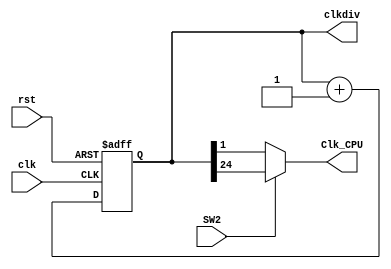
module  clk_div_1(
                clk,
                rst,
                SW2,
                clkdiv,
                Clk_CPU
);
    input  wire         clk,
                        rst;
    input  wire         SW2;
    output reg  [31: 0]	clkdiv = 0;
    output wire         Clk_CPU;
    always @ (posedge clk or posedge rst) begin
        if (rst) begin
           clkdiv <= 0;
        end 
        else begin
            clkdiv <= clkdiv + 32'b1;
        end
    end
   assign Clk_CPU = SW2 ? clkdiv[24] : clkdiv[1]; 
endmodule